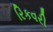
રિકવરી